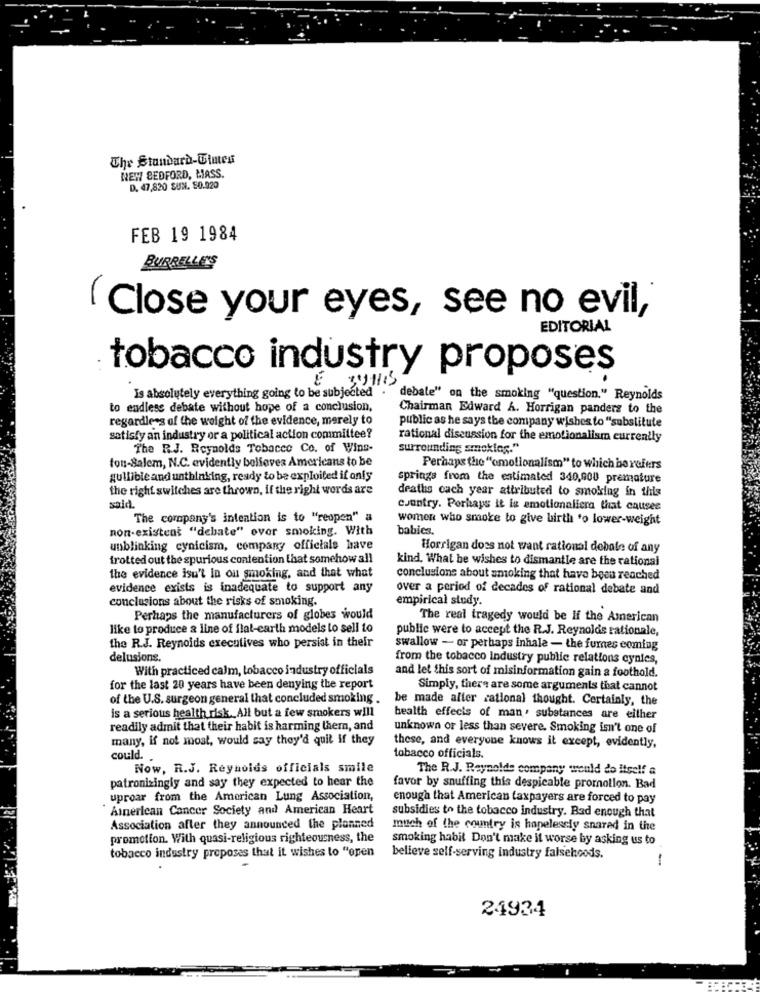
The Standard-Uimtes
NEW BEDFORD, MASS.
D. 47,820 SUN. 50.020
FEB 19 1984
BURRELLE'S
( Close your eyes, see no evil,
EDITORIAL
tobacco industry proposes
Is absolutely everything going to be subjected . debale" on the smoking "question." Reynolds
to endless debate without hope of a conclusion,
Chairman Edward A. Horrigan panderz to the
regardless of the weight of the evidence, merely to
public as he says the company wishes to "substitute
satisfy an industry or a political action committee?
rational discussion for the emotionalism currently
The R.J. Reynolds Tobacco Co. of Wins-
surrounding smoklos."
fon-Salem, N.C. evidently believes Americans to be
Perhaps the "omolionalism" to which be refers
gullible and unthinking, ready to be exploited if only
springs from the estimated 340,000 premature
the right switches are thrown, if the right words are
deaths cach year attributed to smoking in this
said
country. Porhays it la emotionalicra that causes
The company's intention is to "reopen" a
women who smoke to give birth to lower-weight
non-existent "debate" over smoking. With
babies.
unblinking cynicism, company officials have
Horrigan does not want rational debale of any
trotted out the spurious contention that somehow all
kind. What he wishes to dismantle are the rational
the evidence isu't in ou smoking, and that what
conclusions about smoking that have been reached
evidence exists is inadequate to support any
over a period of decades of rational debate and
conclusions about the risks of smoking.
empirical stody.
Perhaps the manufacturers of globes would
The real tragedy would be If the American
like to produce a line of flat-earth models lo sell to
public were to accept the R.J. Reynolds rationale,
the R.J. Reynolds executives who persist in their
swallow - or perhaps inhale - the furnes coming
delusions.
from the tobacco Industry public relations cynics,
With practiced calm, tobacco industry officials
and let this sort of misinformation gain a foothold.
for the last 20 years have been denying the report
Simply, there are some arguments that cannot
of the U.S. surgeon general that concluded smoking .
be made alter rational thought. Certainly, the
is a serious health risk. All but a few smokers will
health effects of man' substances are either
readily admit that their habit is harming them, and
unknown or less than severe. Smoking isn't one of
many, if not most, would say they'd quit if they
these, and everyone knows it except, evidently,
could.
tobacco officials.
Now, R.J. Reynolds officials smile
The R.J. Reynolds company would do itself a
patronizingly and say they expected to hear the
favor by snuffing this despicable promotion. Bad
uproar from the American Lung Association,
enough that American taxpayers are forced to pay
American Cancer Society and American Heart
subsidies to the tobacco industry. Bad enough that
Association after they announced the planned
much of the country is hopelessly snarad in the
promotion. With quasi-religious righteousness, the
smoking habit Don't make it worse by asking us to
tobacco industry proposes that it wishes to "open
believe self-serving industry falsehoods.
-
24934